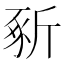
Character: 𣂡